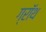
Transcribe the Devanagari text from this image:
ग्रॉथ